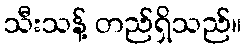
သီးသန့် တည်ရှိသည်။